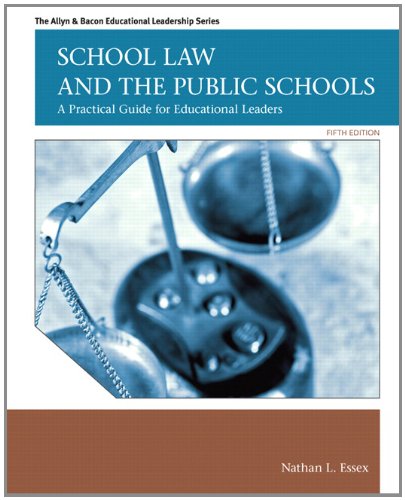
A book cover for School Law and the Public Schools: A Practical Guide for Educational Leaders (5th Edition) (Allyn & Bacon Educational Leadership); Nathan L. Essex; Education & Teaching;